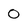
Character: 0